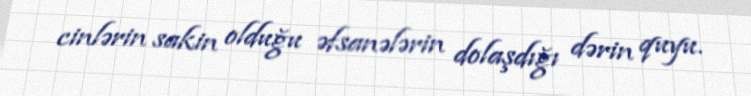
cinlərin sakin olduğu əfsanələrin dolaşdığı dərin quyu.